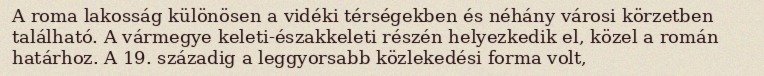
A roma lakosság különösen a vidéki térségekben és néhány városi körzetben található. A vármegye keleti-északkeleti részén helyezkedik el, közel a román határhoz. A 19. századig a leggyorsabb közlekedési forma volt,